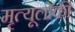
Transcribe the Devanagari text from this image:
मृत्यूलोकी